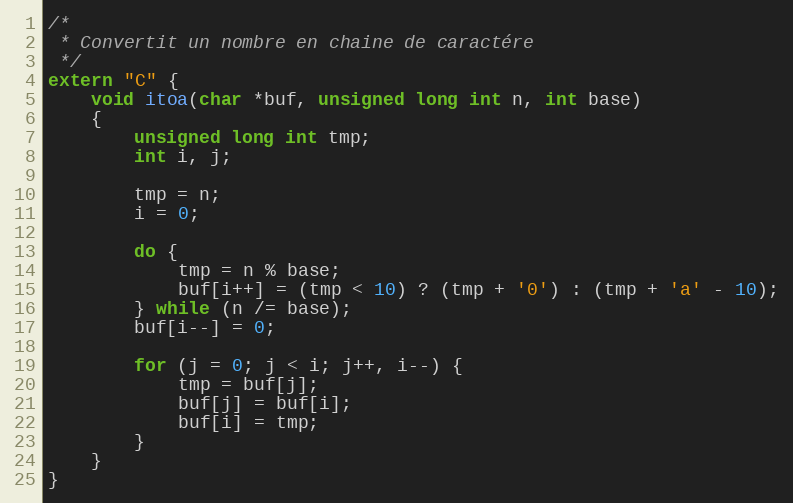
Language: C++
/*
 * Convertit un nombre en chaine de caractére
 */
extern "C" {
	void itoa(char *buf, unsigned long int n, int base)
	{
		unsigned long int tmp;
		int i, j;

		tmp = n;
		i = 0;

		do {
			tmp = n % base;
			buf[i++] = (tmp < 10) ? (tmp + '0') : (tmp + 'a' - 10);
		} while (n /= base);
		buf[i--] = 0;

		for (j = 0; j < i; j++, i--) {
			tmp = buf[j];
			buf[j] = buf[i];
			buf[i] = tmp;
		}
	}
}